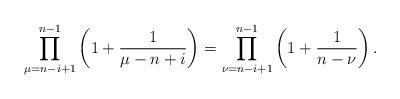
LaTeX: \begin{align*} \prod_{\mu=n-i+1}^{n-1} \left( 1 + \frac{1}{\mu - n + i} \right) = \prod_{\nu=n-i+1}^{n-1} \left( 1 + \frac{1}{n - \nu} \right). \end{align*}